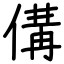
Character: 傋